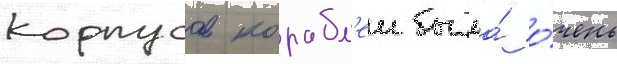
корпусов корабл'еи была́ о́чень